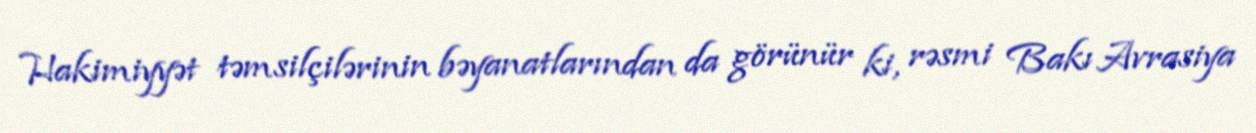
Hakimiyyət təmsilçilərinin bəyanatlarından da görünür ki, rəsmi Bakı Avrasiya